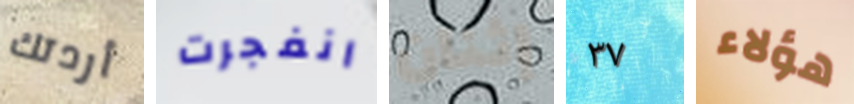
أردتك انفجرت إثنان ٣٧ هؤلاء